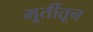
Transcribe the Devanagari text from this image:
मूर्तीतून